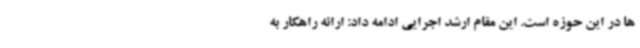
ها در این حوزه است. این مقام ارشد اجرایی ادامه داد: ارائه راهکار به